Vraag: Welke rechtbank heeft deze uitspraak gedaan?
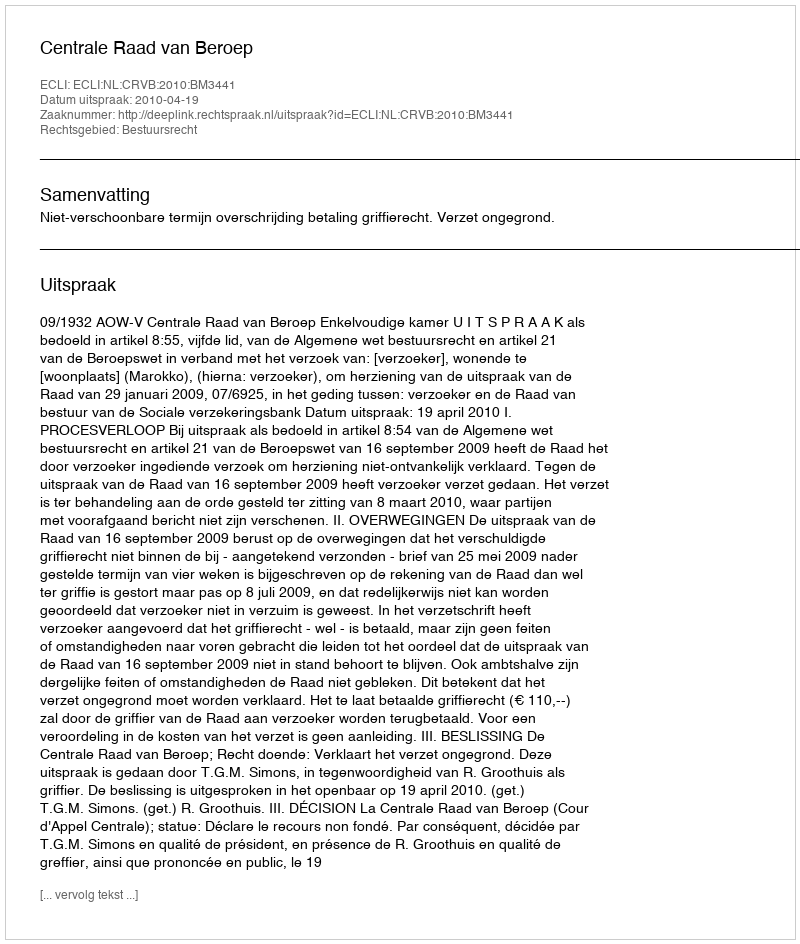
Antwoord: Centrale Raad van Beroep